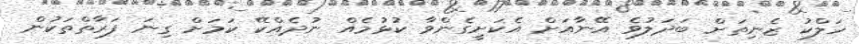
ހަލްކު ޒެނިތަށް ބަދަލުވެ އޭނާއަށް އެކަށީގެންވާ ކުޅުމެއް ނުދެއްކޭ ކަމަށް ގިނަ ފަރާތްތަކުން